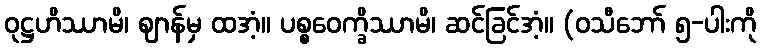
ဝုဋ္ဌဟိဿာမိ၊ ဈာန်မှ ထအံ့။ ပစ္စဝေက္ခိဿာမိ၊ ဆင်ခြင်အံ့။ (ဝသီဘော် ၅-ပါးကို